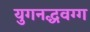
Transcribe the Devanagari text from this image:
युगनद्धवग्ग